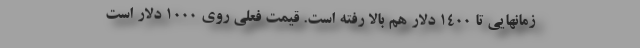
زمانهایی تا ۱۴۰۰ دلار هم بالا رفته است. قیمت فعلی روی ۱۰۰۰ دلار است